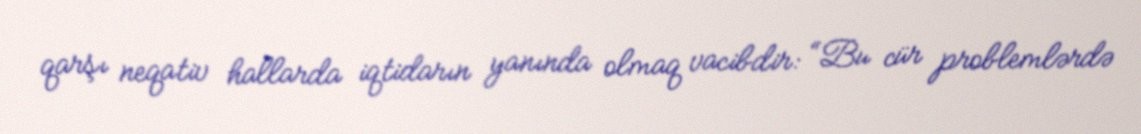
qarşı neqativ hallarda iqtidarın yanında olmaq vacibdir: “Bu cür problemlərdə